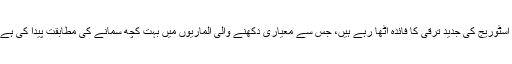
خیر، پیشہ ور باورچی خانے کے منصوبہ ساز باورچی خانے کی اسٹوریج کی جدید ترقی کا فائدہ اٹھا رہے ہیں، جس سے معیاری دکھنے والی الماریوں میں بہت کچھ سمانے کی مطابقت پیدا کی ہے جتنی پہلے کبھی نہیں تھی اور انتہائی حیرت انگیز انداز میں بھی!